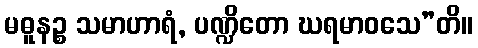
မဓူနဉ္စ သမာဟာရံ, ပဏ္ဍိတော ဃရမာဝသေ”တိ။